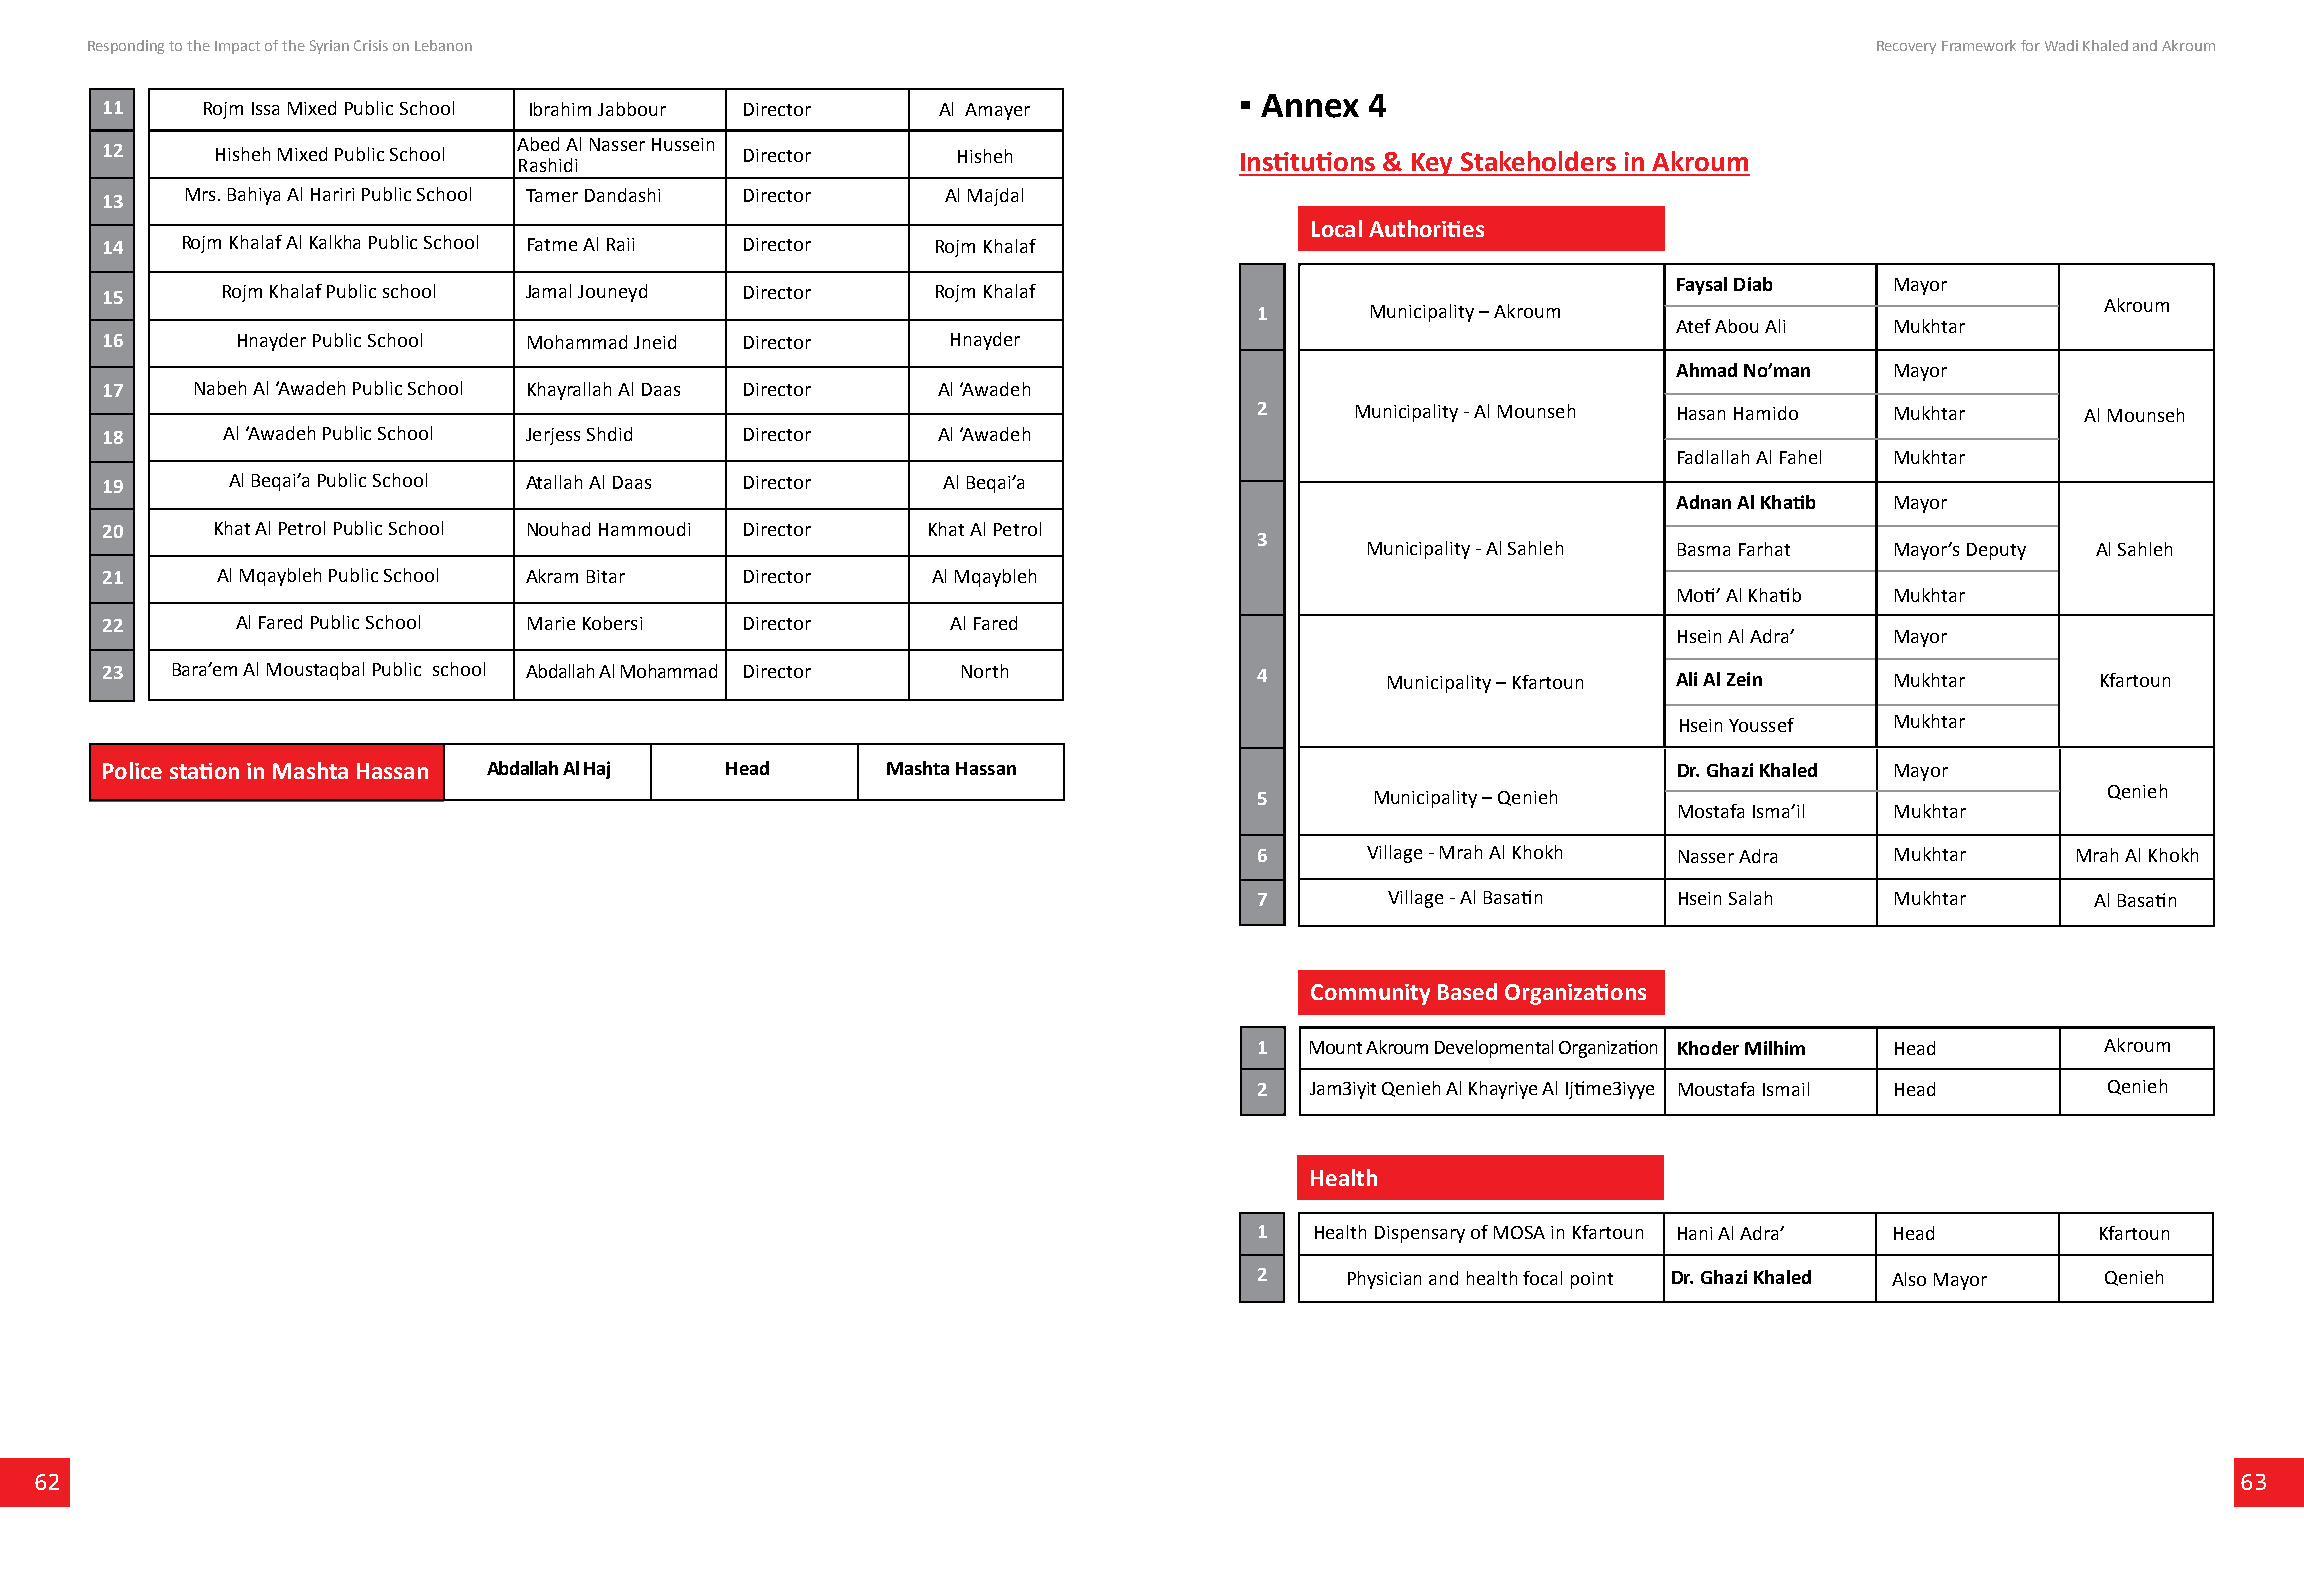
Responding to the Impact of the Syrian Crisis on Lebanon                                                              Recovery Framework for Wadi Khaled and Akroum
 ▪ Annex  4
 11    Rojm Issa Mixed Public School Ibrahim Jabbour Director Al Amayer
 Abed Al Nasser Hussein
 12     Hisheh Mixed Public School         Director      Hisheh             Institutions & Key Stakeholders in Akroum
 Rashidi
 13   Mrs. Bahiya Al Hariri Public School Tamer Dandashi Director Al Majdal
 Local Authorities
 14   Rojm Khalaf Al Kalkha Public School Fatme Al Raii Director Rojm Khalaf
 15      Rojm Khalaf Public school Jamal Jouneyd Director Rojm Khalaf                                    Faysal Diab   Mayor
 1       Municipality – Akroum                           Akroum
 Atef Abou Ali Mukhtar
 16       Hnayder Public School Mohammad Jneid Director  Hnayder
 Ahmad No’man  Mayor
 17    Nabeh Al ‘Awadeh Public School Khayrallah Al Daas Director Al ‘Awadeh
 2      Municipality - Al Mounseh Hasan Hamido Mukhtar  Al Mounseh
 18      Al ‘Awadeh Public School Jerjess Shdid Director Al ‘Awadeh
 Fadlallah Al Fahel Mukhtar
 19      Al Beqai’a Public School Atallah Al Daas Director Al Beqai’a
 Adnan Al Khatib Mayor
 20     Khat Al Petrol Public School Nouhad Hammoudi Director Khat Al Petrol
 3
 Municipality - Al Sahleh Basma Farhat Mayor’s Deputy Al Sahleh
 21     Al Mqaybleh Public School Akram Bitar Director  Al Mqaybleh
 Moti’ Al Khatib Mukhtar
 22       Al Fared Public School Marie Kobersi Director  Al Fared
 Hsein Al Adra’ Mayor
 23  Bara’em Al Moustaqbal Public school Abdallah Al Mohammad Director North 4        Municipality – Kfartoun Ali Al Zein Mukhtar    Kfartoun
 Hsein Youssef Mukhtar
 Police station in Mashta Hassan Abdallah Al Haj Head Mashta Hassan                                      Dr. Ghazi Khaled Mayor
 5       Municipality – Qenieh                           Qenieh
 Mostafa Isma’il Mukhtar
 6      Village - Mrah Al Khokh Nasser Adra Mukhtar    Mrah Al Khokh
 7        Village - Al Basatin Hsein Salah Mukhtar       Al Basatin
 Community Based Organizations
 1   Mount Akroum Developmental Organization Khoder Milhim Head Akroum
 2   Jam3iyit Qenieh Al Khayriye Al Ijtime3iyye Moustafa Ismail Head Qenieh
 Health
 1   Health Dispensary of MOSA in Kfartoun Hani Al Adra’ Head Kfartoun
 2     Physician and health focal point Dr. Ghazi Khaled Also Mayor Qenieh
 62                                                                                                                                                63